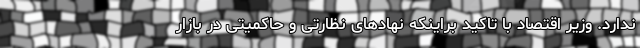
ندارد. وزیر اقتصاد با تاکید براینکه نهادهای نظارتی و حاکمیتی در بازار